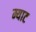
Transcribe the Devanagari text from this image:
म्याट